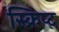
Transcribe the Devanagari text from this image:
स्क्रिप्‍ट